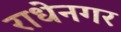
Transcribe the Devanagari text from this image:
राधेनगर